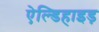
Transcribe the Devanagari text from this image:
ऐल्डिहाइड़